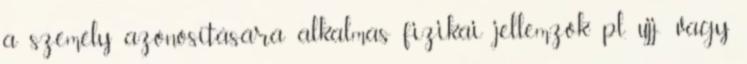
a személy azonosítására alkalmas fizikai jellemzők pl. ujj- vagy